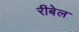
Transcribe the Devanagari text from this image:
रीबेल